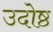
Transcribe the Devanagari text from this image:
उदोष्ठ